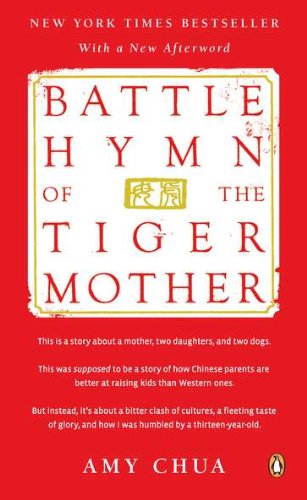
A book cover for Battle Hymn of the Tiger Mother; Amy Chua; Parenting & Relationships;